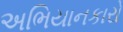
અભિયાનકારો